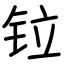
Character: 𫟷